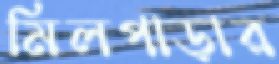
মিলপাড়ার